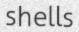
shells